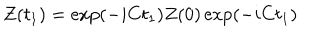
Z ( t _ { 1 } ) = \exp ( - i C t _ { 1 } ) Z ( 0 ) \exp ( - i C t _ { 1 } )